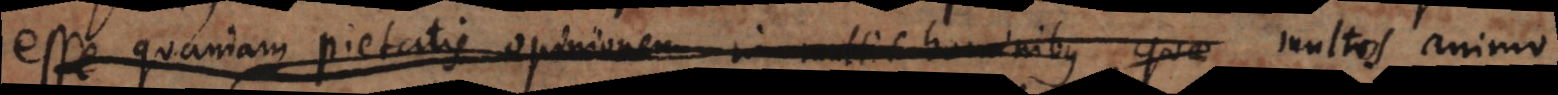
esse quandam pietatis opinionem in multis hominibus quae multos animo